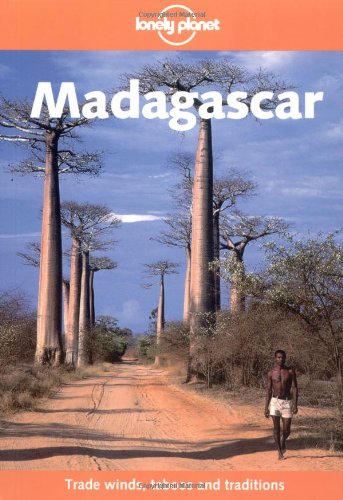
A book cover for Lonely Planet Madagascar; Mark Fitzpatrick; Travel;